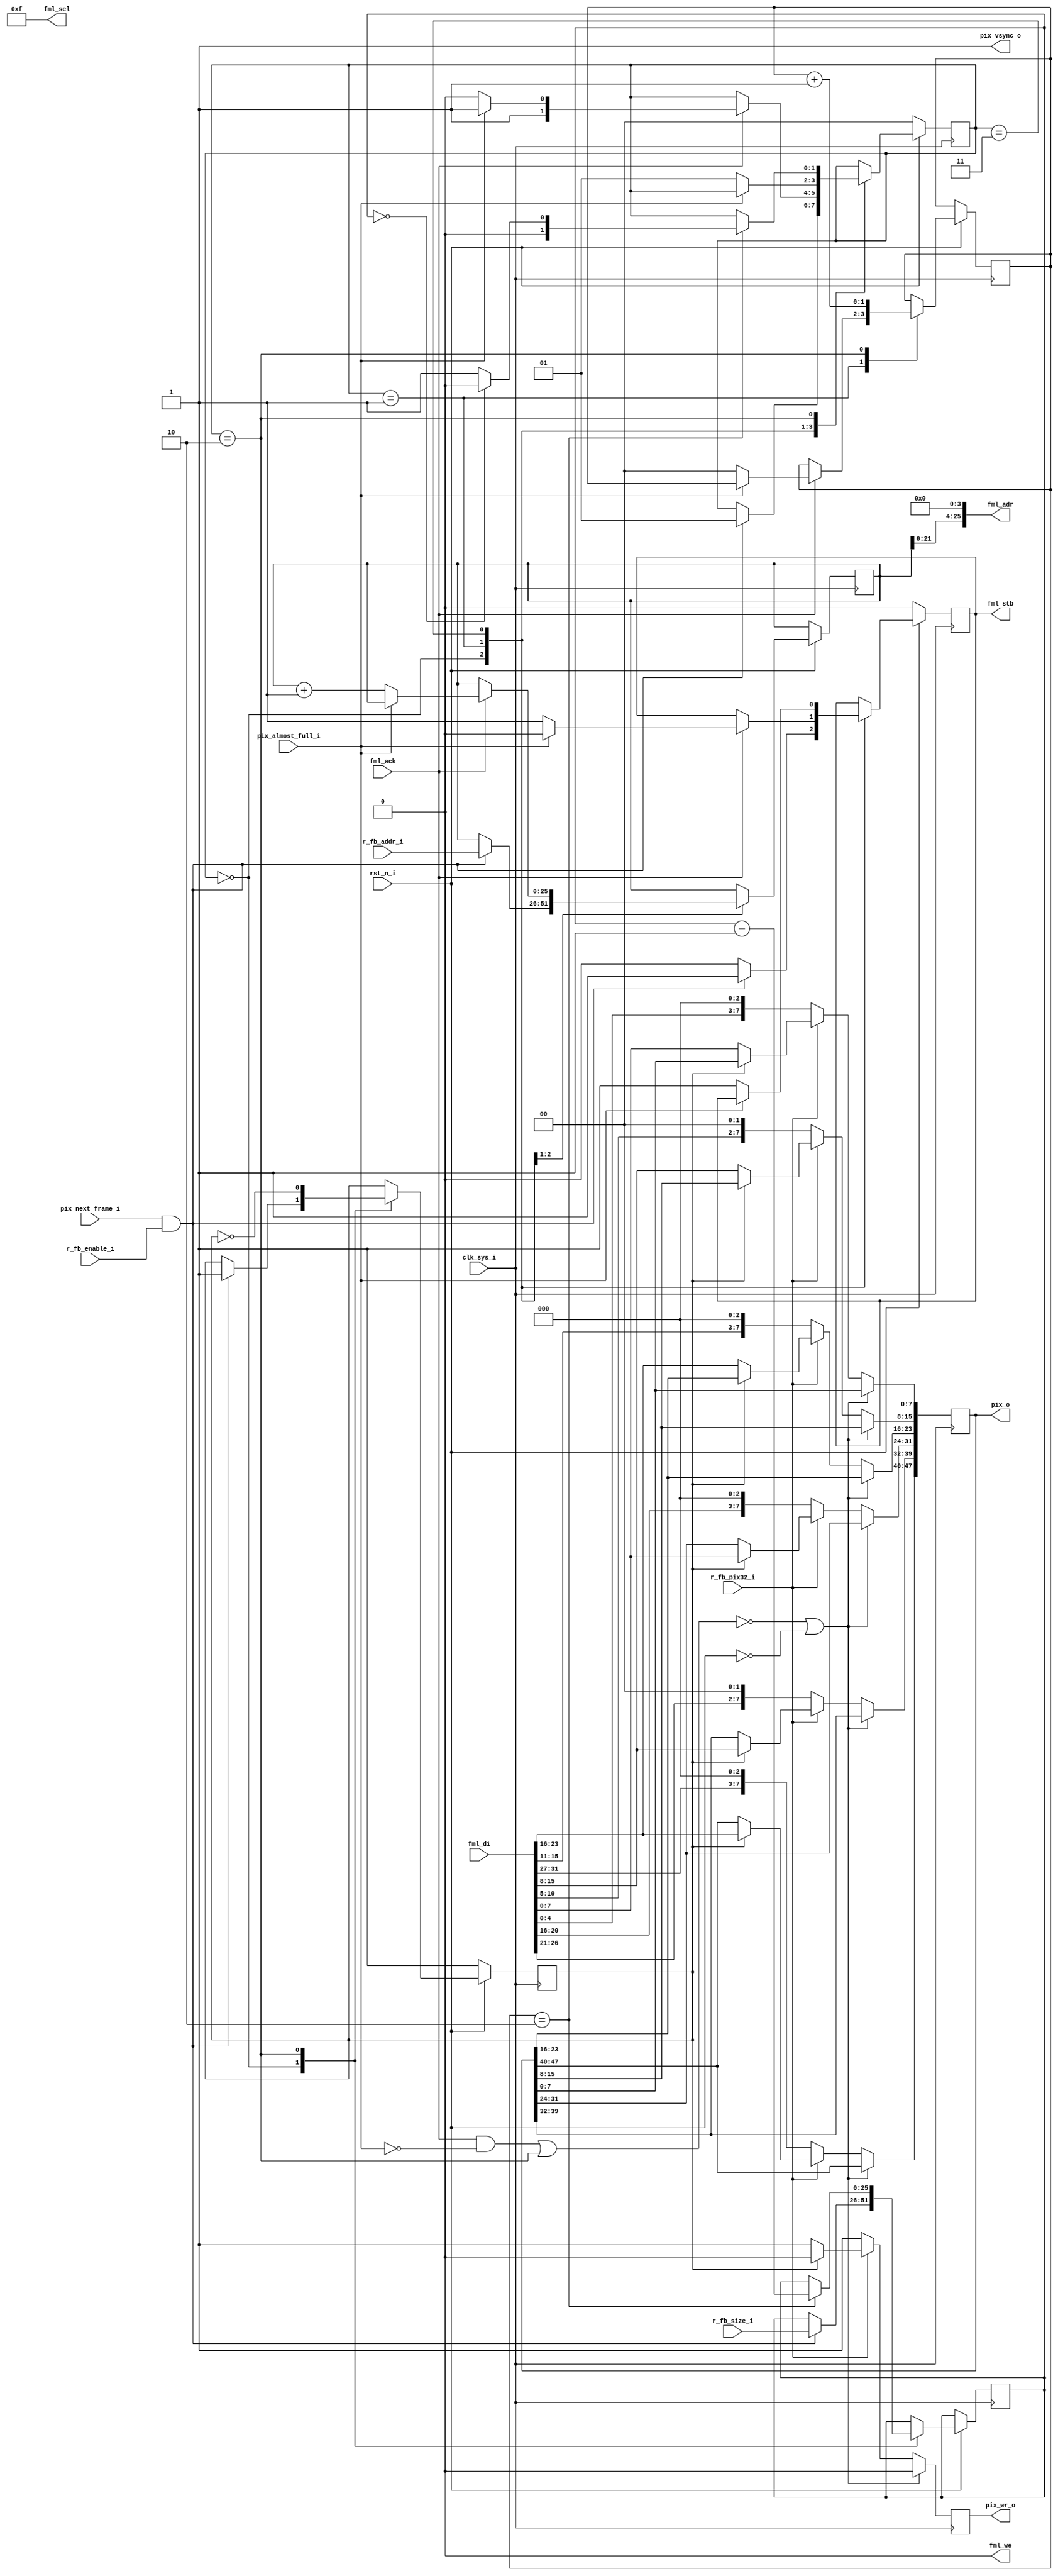
module fml_framebuffer  
  #(
    parameter g_fml_depth = 26
    ) ( 
	input 			 clk_sys_i,
	input 			 rst_n_i,

  
	input 			 pix_almost_full_i,
	output reg 		 pix_wr_o,
	output reg [47:0] 	 pix_o,
	output 			 pix_vsync_o,
	input 			 pix_next_frame_i,

	output [g_fml_depth-1:0] fml_adr,
	output reg 		 fml_stb,
	output 			 fml_we,
	output [3:0] 		 fml_sel,
	input [31:0] 		 fml_di,
	input 			 fml_ack,

	input 			 r_fb_enable_i,
	input 			 r_fb_pix32_i,
	input [g_fml_depth-1:0]  r_fb_addr_i,
	input [g_fml_depth-1:0]  r_fb_size_i
	);

   
   
   reg [g_fml_depth-1:0] 	 pix_count, pix_addr;

   reg 				 even_pixel;
   wire 			 xfer_valid;
   
   
   always@(posedge clk_sys_i)
     if(!xfer_valid || !rst_n_i)
       pix_wr_o <= 0;
     else begin
	if(!r_fb_pix32_i) begin // 16bit color
           pix_o[47:40] <= { fml_di[31:27], 3'h0 };
           pix_o[39:32] <= { fml_di[26:21], 2'h0 };
           pix_o[31:24] <= { fml_di[20:16], 3'h0 };
           pix_o[23:16] <= { fml_di[15:11], 3'h0 };
           pix_o[15:8] <= { fml_di[10:5], 2'h0 };
           pix_o[7:0] <= { fml_di[4:0], 3'h0 };
           pix_wr_o <= 1;
        end else begin
           if(even_pixel) begin
              pix_o[47:24] <= fml_di[23:0];
              pix_wr_o <= 0;
           end else begin
              pix_o[23:0] <= fml_di[23:0];
              pix_wr_o <= 1;
           end
        end // else: !if(!r_pix32)
     end // else: !if(!xfer_valid || !rst_n_i)

`define ST_WAIT_VSYNC 0
`define ST_START_BURST 1
`define ST_XFER_DATA  2
`define ST_FIFO_FULL 3
   
   reg[1:0] state;
   reg [1:0] cnt;

   assign fml_sel = 4'hf;
   assign fml_we = 1'b0;
   assign fml_adr = { pix_addr, 4'b0 }; // 16 bytes per burst
   
   always@(posedge clk_sys_i)
     begin
	if(!rst_n_i)
          begin
             fml_stb <= 0;
             state <= `ST_WAIT_VSYNC;
             even_pixel <= 1;
             
          end else begin
             case (state)
               `ST_WAIT_VSYNC: if (pix_next_frame_i && r_fb_enable_i)
                 begin
                    pix_count <= r_fb_size_i;
                    pix_addr <= r_fb_addr_i;
                    state <= `ST_START_BURST;
                    even_pixel <= 1;
                    fml_stb <= 1;
                 end else
                   fml_stb <= 0;

               `ST_START_BURST:

		 if(fml_ack)
                   begin
                      if(!pix_almost_full_i) begin
                         pix_addr <= pix_addr + 1;
                         fml_stb <= 1;
                         state <= `ST_XFER_DATA;
                         cnt <= 0;
                      end else begin
                         fml_stb <= 0;
                         state <= `ST_FIFO_FULL;
                      end
                      
                   end 

               `ST_FIFO_FULL: begin
                  if(!pix_almost_full_i) begin
                     fml_stb <= 1;
                     state <= `ST_START_BURST;
                  end
               end
               
               `ST_XFER_DATA: begin
                  if(cnt == 2)
                    begin
                       pix_count <= pix_count - 1;
                       if(pix_count == 0)
			 state <= `ST_WAIT_VSYNC;
                       else
			 state <= `ST_START_BURST;
                    end
                  cnt <= cnt + 1;
                  even_pixel <= ~even_pixel;
               end // case: `ST_XFER_DATA
             endcase // case (state)
          end
     end

   assign xfer_valid = ( (fml_ack & ~pix_almost_full_i ) | (state == `ST_XFER_DATA));

   assign pix_vsync_o = 1;
   
endmodule